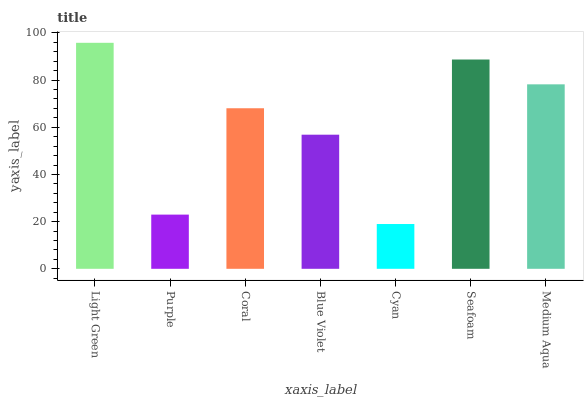
| xaxis_label | bars |
 | --- | --- |
 | Light Green | 95.8 |
 | Purple | 23 |
 | Coral | 68.1 |
 | Blue Violet | 56.9 |
 | Cyan | 19 |
 | Seafoam | 88.7 |
 | Medium Aqua | 78.2 |